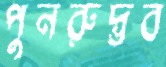
পুনরুদ্ভব